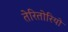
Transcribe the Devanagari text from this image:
तेरितोरियो